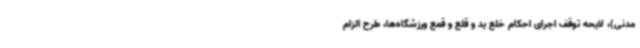
مدنی)، لایحه توقف اجرای احکام خلع ید و قلع و قمع ورزشگاه‌ها، طرح الزام